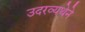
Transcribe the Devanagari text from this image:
उदरव्यथेने